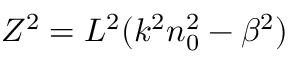
Z ^ { 2 } = L ^ { 2 } ( k ^ { 2 } n _ { 0 } ^ { 2 } - \beta ^ { 2 } )